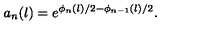
a _ { n } ( l ) = e ^ { \phi _ { n } ( l ) / 2 - \phi _ { n - 1 } ( l ) / 2 } .